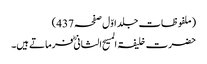
(ملفوظات جلد اوّل صفحہ437)
حضرت خلیفۃ المسیح الثانیؓ فرماتے ہیں۔